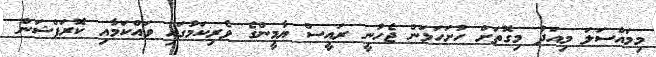
މިމައްސަލަ މިއަދު މިގޮތަށް ހުށަހަޅަން ޖެހުނީ ރައީސް ޔާމީންގެ ވެރިކަމުގައި ވައްކަމާއި ކޮރަޕްޝަން